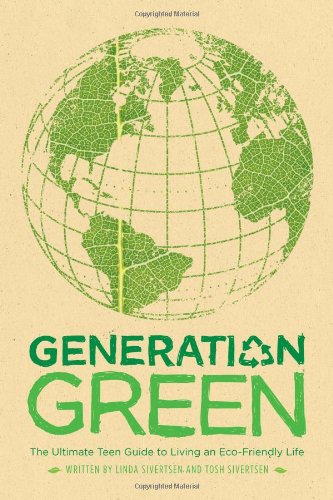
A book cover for Generation Green: The Ultimate Teen Guide to Living an Eco-Friendly Life; Linda Sivertsen; Teen & Young Adult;